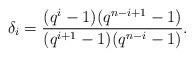
LaTeX: \begin{align*}\delta_i = \frac{(q^i-1)(q^{n-i+1}-1)}{(q^{i+1}-1)(q^{n-i}-1)}.\end{align*}